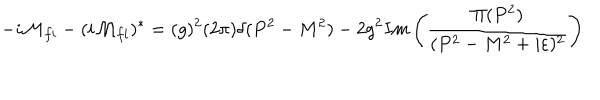
- i { \cal M } _ { f i } - ( i { \cal M } _ { f i } ) ^ { * } = ( g ) ^ { 2 } ( 2 \pi ) \delta ( P ^ { 2 } - M ^ { 2 } ) - 2 g ^ { 2 } I m \left( { { \frac { \Pi ( P ^ { 2 } ) } { ( P ^ { 2 } - M ^ { 2 } + i \varepsilon ) ^ { 2 } } } } \right)